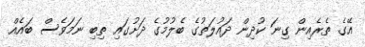
އޭގެ ތެރެއިން ގިނަ ކުދިން ދައުލަތުގެ ބެލުމުގެ ދަށުގައި ތިބި ނަމަވެސް ބައެއް